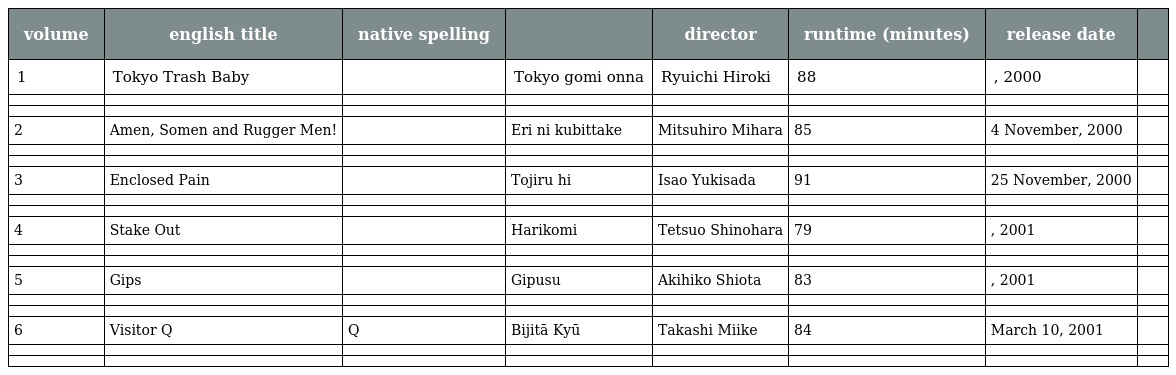
| volume | english title | native spelling |  | director | runtime (minutes) | release date |  |
 | --- | --- | --- | --- | --- | --- | --- | --- |
 | 1 | Tokyo Trash Baby | 東京ゴミ女 | Tokyo gomi onna | Ryuichi Hiroki | 88 | , 2000 |  |
 |  |  |  |  |  |  |  |  |
 |  |  |  |  |  |  |  |  |
 | 2 | Amen, Somen and Rugger Men! | 絵里に首ったけ | Eri ni kubittake | Mitsuhiro Mihara | 85 | 4 November, 2000 |  |
 |  |  |  |  |  |  |  |  |
 |  |  |  |  |  |  |  |  |
 | 3 | Enclosed Pain | 閉じる日 | Tojiru hi | Isao Yukisada | 91 | 25 November, 2000 |  |
 |  |  |  |  |  |  |  |  |
 |  |  |  |  |  |  |  |  |
 | 4 | Stake Out | 張り込み | Harikomi | Tetsuo Shinohara | 79 | , 2001 |  |
 |  |  |  |  |  |  |  |  |
 |  |  |  |  |  |  |  |  |
 | 5 | Gips | ギプス | Gipusu | Akihiko Shiota | 83 | , 2001 |  |
 |  |  |  |  |  |  |  |  |
 |  |  |  |  |  |  |  |  |
 | 6 | Visitor Q | ビジターQ | Bijitā Kyū | Takashi Miike | 84 | March 10, 2001 |  |
 |  |  |  |  |  |  |  |  |
 |  |  |  |  |  |  |  |  |